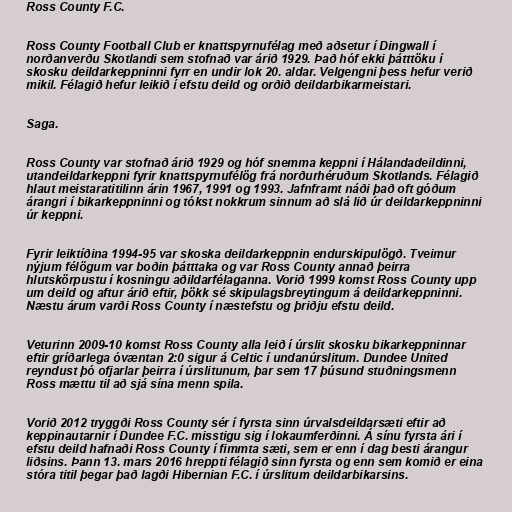
Ross County F.C.

Ross County Football Club er knattspyrnufélag með aðsetur í Dingwall í
norðanverðu Skotlandi sem stofnað var árið 1929. Það hóf ekki þátttöku í
skosku deildarkeppninni fyrr en undir lok 20. aldar. Velgengni þess hefur verið
mikil. Félagið hefur leikið í efstu deild og orðið deildarbikarmeistari.

Saga.

Ross County var stofnað árið 1929 og hóf snemma keppni í Hálandadeildinni,
utandeildarkeppni fyrir knattspyrnufélög frá norðurhéruðum Skotlands. Félagið
hlaut meistaratitilinn árin 1967, 1991 og 1993. Jafnframt náði það oft góðum
árangri í bikarkeppninni og tókst nokkrum sinnum að slá lið úr deildarkeppninni
úr keppni.

Fyrir leiktíðina 1994-95 var skoska deildarkeppnin endurskipulögð. Tveimur
nýjum félögum var boðin þátttaka og var Ross County annað þeirra
hlutskörpustu í kosningu aðildarfélaganna. Vorið 1999 komst Ross County upp
um deild og aftur árið eftir, þökk sé skipulagsbreytingum á deildarkeppninni.
Næstu árum varði Ross County í næstefstu og þriðju efstu deild.

Veturinn 2009-10 komst Ross County alla leið í úrslit skosku bikarkeppninnar
eftir gríðarlega óvæntan 2:0 sigur á Celtic í undanúrslitum. Dundee United
reyndust þó ofjarlar þeirra í úrslitunum, þar sem 17 þúsund stuðningsmenn
Ross mættu til að sjá sína menn spila.

Vorið 2012 tryggði Ross County sér í fyrsta sinn úrvalsdeildarsæti eftir að
keppinautarnir í Dundee F.C. misstigu sig í lokaumferðinni. Á sínu fyrsta ári í
efstu deild hafnaði Ross County í fimmta sæti, sem er enn í dag besti árangur
liðsins. Þann 13. mars 2016 hreppti félagið sinn fyrsta og enn sem komið er eina
stóra titil þegar það lagði Hibernian F.C. í úrslitum deildarbikarsins.